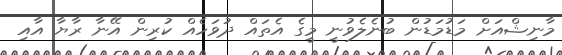
މާނިޝްއަށް މަޑުމަޑުން ބުނެލެވުނީ މީގެ އެތައް ދުވަހެއް ކުރިން އޭނާ ރާޔާ އާއި